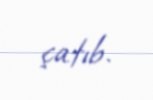
çatıb.